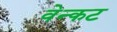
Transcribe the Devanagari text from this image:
वेन्कट